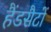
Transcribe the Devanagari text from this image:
हैंडसैटों